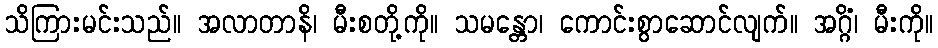
သိကြားမင်းသည်။ အလာတာနိ၊ မီးစတို့ကို။ သမန္တော၊ ကောင်းစွာဆောင်လျက်။ အဂ္ဂိံ၊ မီးကို။